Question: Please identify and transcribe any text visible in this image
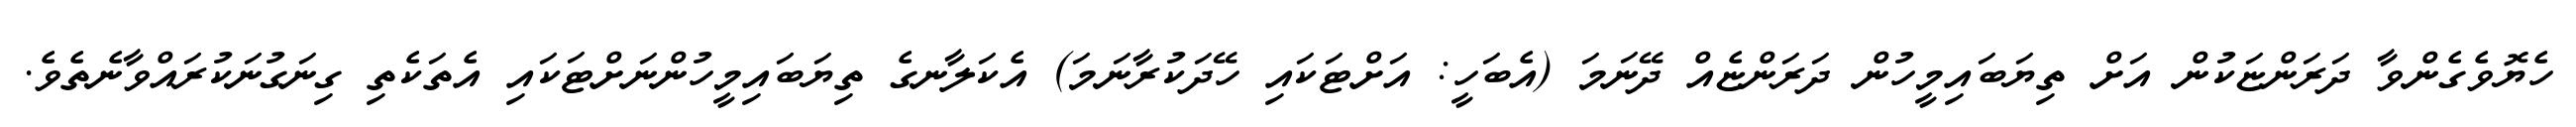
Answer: ހެޔޮވެގެންވާ ދަރަންޏަކުން އަށް ތިޔަބައިމީހުން ދަރަންޏެއް ދޭނަމަ (އެބަހީ: އަށްޓަކައި ހޭދަކުރާނަމަ) އެކަލާނގެ ތިޔަބައިމީހުންނަށްޓަކައި އެތަކެތި ގިނަގުނަކުރައްވާނެތެވެ.